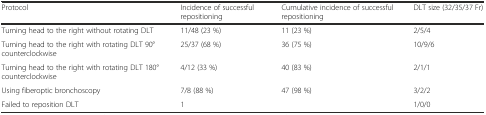
<table><thead><tr><td><b>Protocol</b></td><td><b>Incidence of successful repositioning</b></td><td><b>Cumulative incidence of successful repositioning</b></td><td><b>DLT size (32/35/37 Fr)</b></td></tr></thead><tbody><tr><td>Turning head to the right without rotating DLT</td><td>11/48 (23 %)</td><td>11 (23 %)</td><td>2/5/4</td></tr><tr><td>Turning head to the right with rotating DLT 90° counterclockwise</td><td>25/37 (68 %)</td><td>36 (75 %)</td><td>10/9/6</td></tr><tr><td>Turning head to the right with rotating DLT 180° counterclockwise</td><td>4/12 (33 %)</td><td>40 (83 %)</td><td>2/1/1</td></tr><tr><td>Using fiberoptic bronchoscopy</td><td>7/8 (88 %)</td><td>47 (98 %)</td><td>3/2/2</td></tr><tr><td>Failed to reposition DLT</td><td>1</td><td></td><td>1/0/0</td></tr></tbody></table>